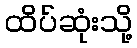
ထိပ်ဆုံးသို့